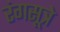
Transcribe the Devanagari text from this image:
रंगसूत्रे